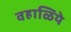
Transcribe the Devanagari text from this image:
वहाळिये